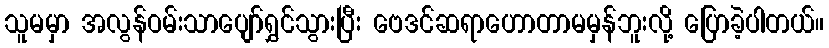
သူမမှာ အလွန်ဝမ်းသာပျော်ရွှင်သွားပြီး ဗေဒင်ဆရာဟောတာမမှန်ဘူးလို့ ပြောခဲ့ပါတယ်။